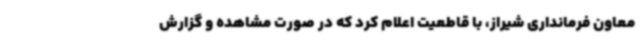
معاون فرمانداری شیراز، با قاطعیت اعلام کرد که در صورت مشاهده و گزارش